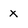
Character: x